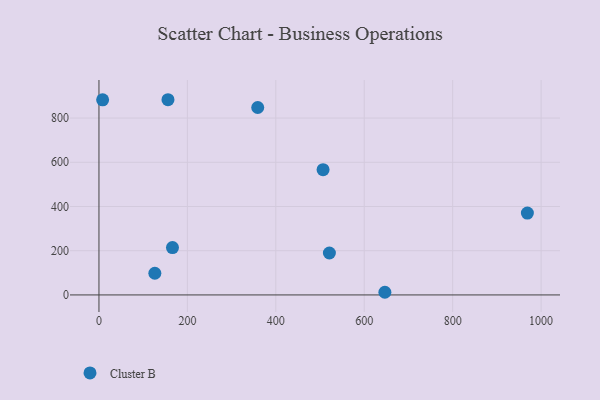
{"axis": {"x": "Experience", "y": "Sales"}, "legend": ["Cluster B"], "data": [{"x": "521.2", "y": 189.7, "type": "Cluster B"}, {"x": "646.7", "y": 12.0, "type": "Cluster B"}, {"x": "359.1", "y": 847.8, "type": "Cluster B"}, {"x": "8.3", "y": 882.6, "type": "Cluster B"}, {"x": "156.1", "y": 883.0, "type": "Cluster B"}, {"x": "506.9", "y": 566.6, "type": "Cluster B"}, {"x": "126.4", "y": 98.1, "type": "Cluster B"}, {"x": "969.0", "y": 370.4, "type": "Cluster B"}, {"x": "166.3", "y": 214.3, "type": "Cluster B"}]}